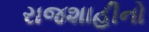
રાજશાહીનો